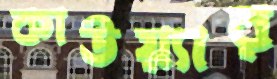
কাউয়্যার